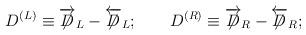
LaTeX: \begin{align*}D^{(L)}\equiv\overrightarrow{\not\!\!D}_{L}-\overleftarrow{\not\!\!D}_{L};\qquad D^{(R)}\equiv\overrightarrow{\not\!\!D}_{R}-\overleftarrow{\not\!\!D}_{R};\end{align*}